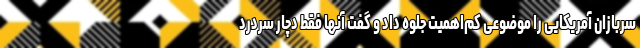
سربازان آمریکایی را موضوعی کم‌اهمیت جلوه داد و گفت آنها فقط دچار سردرد